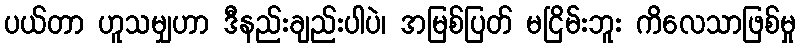
ပယ်တာ ဟူသမျှဟာ ဒီနည်းချည်းပါပဲ၊ အမြစ်ပြတ် မငြိမ်းဘူး ကိလေသာဖြစ်မှု